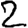
Digit: 2